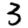
Digit: 3